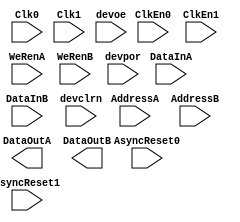
module alta_bram (
  DataInA,  DataInB,
  AddressA, AddressB,
  DataOutA, DataOutB,
  Clk0, ClkEn0, AsyncReset0,
  Clk1, ClkEn1, AsyncReset1,
  WeRenA, WeRenB,
  devclrn, devpor, devoe
);
input  [17:0]  DataInA,  DataInB;
input  [11:0] AddressA, AddressB;
output [17:0] DataOutA, DataOutB;
input  Clk0, ClkEn0, AsyncReset0;
input  Clk1, ClkEn1, AsyncReset1;
input  WeRenA, WeRenB;
input  devclrn, devpor, devoe;

////parameter coord_x  = 0;
////parameter coord_y  = 0;
////parameter coord_z  = 0;
parameter lpm_type = "alta_bram";

parameter CLKMODE         = 1'b0;
parameter PORTA_WIDTH     = 4'b0000;
parameter PORTB_WIDTH     = 4'b0000;
parameter PORTA_WRITEMODE = 1'b0;
parameter PORTB_WRITEMODE = 1'b0;
parameter PORTA_WRITETHRU = 1'b0;
parameter PORTB_WRITETHRU = 1'b0;
parameter PORTA_OUTREG    = 1'b0;
parameter PORTB_OUTREG    = 1'b0;
parameter PORTB_READONLY  = 1'b0;
parameter INIT_VAL        = 4608'b0;
parameter Clk0CFG         = 2'b0;
parameter Clk1CFG         = 2'b0;

endmodule